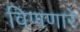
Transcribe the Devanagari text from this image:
विणणारे